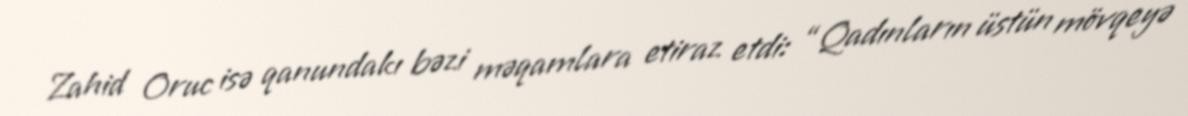
Zahid Oruc isə qanundakı bəzi məqamlara etiraz etdi: “Qadınların üstün mövqeyə